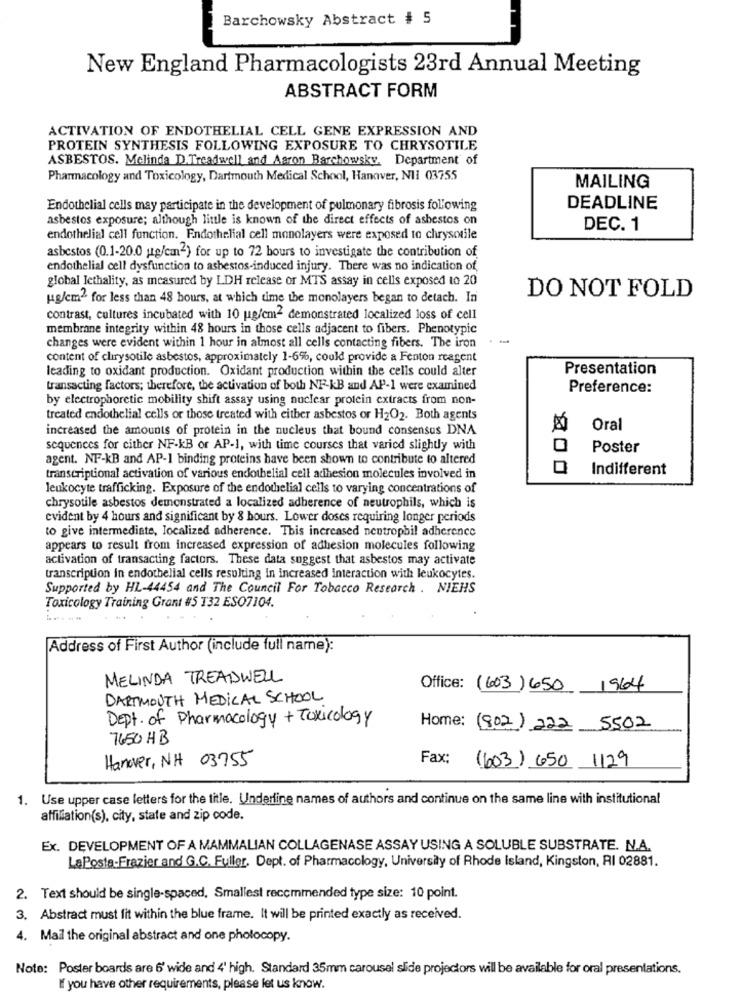
Barchowsky Abstract # 5
New England Pharmacologists 23rd Annual Meeting
ABSTRACT FORM
ACTIVATION OF ENDOTHELIAL CELL GENE EXPRESSION AND
PROTEIN SYNTHESIS FOLLOWING EXPOSURE TO CHRYSOTILE
ASBESTOS. Melinda D.Treadwell and Aaron Barchowsky. Department of
Pharmacology and Toxicology, Dartmouth Medical School, Hanover, NII 03755
MAILING
Endothelial cells may participate in the development of pulmonary fibrosis following
DEADLINE
asbestos exposure; although little is known of the direct effects of asbestos on
DEC. 1
endothelial cell function. Endothelial cell monolayers were exposed to chrysotile
asbestos (0.1-20.0 utg/cmn2) for up to 72 hours to investigate the contribution of
endothelial cell dysfunction to asbestos-induced injury. There was no indication of
global lethality, as measured by LDH release or MTS assay in cells exposed to 20
DO NOT FOLD
"glem" for less than 48 hours, at which time the monolayers began to detach. In
contrast, cultures incubated with 10 ug/cm2 demonstrated localized loss of cell
membrane integrity within 48 hours in those cells adjacent to fibers. Phenotypic
changes were evident within 1 hour in almost all cells contacting fibers. The iron
content of clirysotile asbestos, approximately 1-6%, could provide a Fenton reagent
leading to oxidant production. Oxidant production within the cells could alter
Presentation
transacting factors; therefore, the activation of both NF-KB and AP-1 were examined
Preference:
by electrophoretic mobility shift assay using nuclear protein extracts from non-
treated endothelial cells or those treated with either asbestos or H2O2. Both agents
increased the amounts of protein in the nucleus that bound consensus DNA
Oral
sequences for cither NF-KB or AP-1, with time courses that varied slightly with
Poster
agent. NF-KB and AP-1 binding proteins have been shown to contribute to altered
Indifferent
transcriptional activation of various endothelial cell adhesion molecules involved in
leukocyte trafficking. Exposure of the endothelial cells to varying concentrations of
chrysotile asbestos demonstrated a localized adherence of neutrophils, which is
evident by 4 hours and significant by 8 hours. Lower doses requiring longer periods
to give intermediate, localized adherence. This increased neutrophil adherence
appears to result from increased expression of adhesion molecules following
activation of transacting factors. These data suggest that asbestos may activate
transcription in endothelial cells resulting in increased interaction with leukocytes.
Supported by HL-44454 and The Council For Tobacco Research . NIEHS
Toxicology Training Grant #5 T32 ESO7104.
Address of First Author (include full name):
MELINDA TREADWELL
Office: (603) 650 1964
DARTMOUTH MEDICAL SCHOOL
Dept. of Pharmacology + Toxicology
Home: (802) 222 5502
7650 HB
Hanover, NH 03755
Fax:
(603) 650 1129
1. Use upper case letters for the title. Underline names of authors and continue on the same line with institutional
affiliation(s), city, state and zip code.
Ex. DEVELOPMENT OF A MAMMALIAN COLLAGENASE ASSAY USING A SOLUBLE SUBSTRATE. N.A.
LaPosta-Frazier and G.C. Fuller, Dept. of Pharmacology, University of Rhode Island, Kingston, RI 02881.
2. Text should be single-spaced, Smallest recommended type size: 10 point.
3. Abstract must fit within the blue frame. It will be printed exactly as received.
4. Mail the original abstract and one pholocopy.
Note: Poster boards are 6' wide and 4' high. Standard 35mm carousel slide projectors will be available for oral presentations.
If you have other requirements, please let us know.